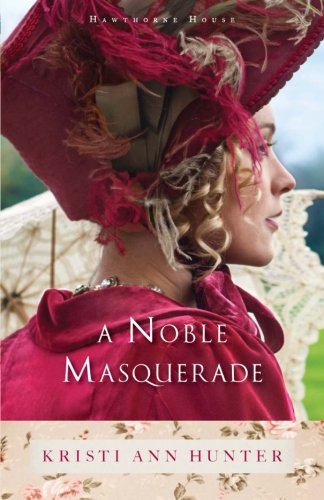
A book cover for A Noble Masquerade (Hawthorne House); Kristi Ann Hunter; Romance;